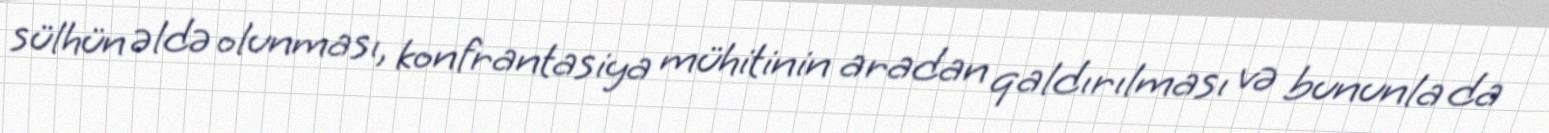
sülhün əldə olunması, konfrantasiya mühitinin aradan qaldırılması və bununla da